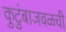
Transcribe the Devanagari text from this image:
कुटुंबाजवळची